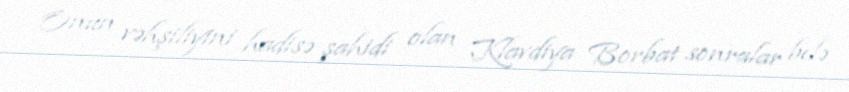
Onun vəhşiliyini hadisə şahidi olan Klavdiya Borbat sonralar belə